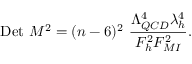
\mathrm { D e t } \ M ^ { 2 } = ( n - 6 ) ^ { 2 } \ \frac { \Lambda _ { Q C D } ^ { 4 } \lambda _ { h } ^ { 4 } } { F _ { h } ^ { 2 } F _ { M I } ^ { 2 } } .